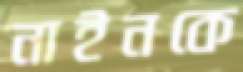
নাইনকে